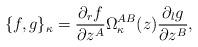
LaTeX: \begin{align*}\{ f, g \}_{\kappa} = \frac{\partial_r f}{\partial z^A}\Omega^{AB}_{\kappa}(z)\frac{\partial_l g}{\partial z^B} ,\end{align*}